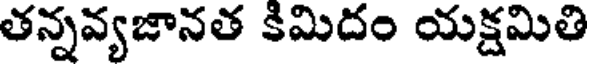
తన్నవ్యజానత కిమిదం యక్షమితి